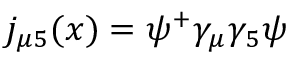
j _ { \mu 5 } ( x ) = \psi ^ { + } \gamma _ { \mu } \gamma _ { 5 } \psi